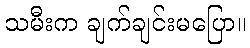
သမီးက ချက်ချင်းမပြော။